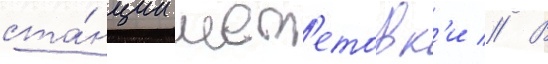
ста́нции шеп'етовк'и // В